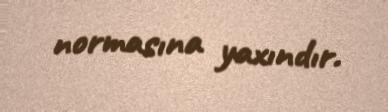
normasına yaxındır.